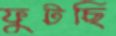
ফুটছি